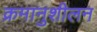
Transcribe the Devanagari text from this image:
क्रमानुशीलन